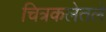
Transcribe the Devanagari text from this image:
चित्रकलेतले